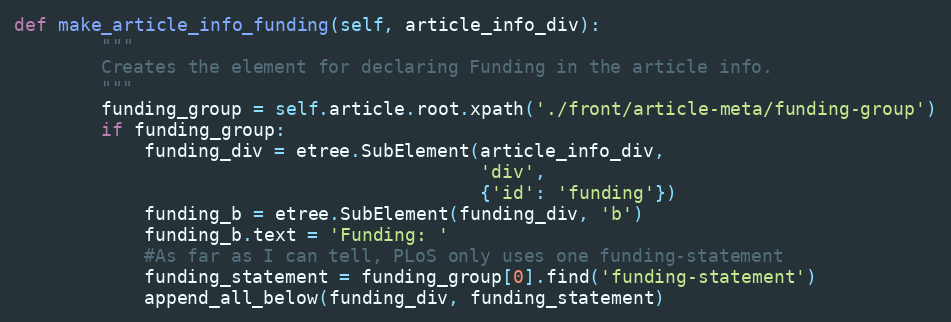
Language: Python
def make_article_info_funding(self, article_info_div):
        """
        Creates the element for declaring Funding in the article info.
        """
        funding_group = self.article.root.xpath('./front/article-meta/funding-group')
        if funding_group:
            funding_div = etree.SubElement(article_info_div,
                                           'div',
                                           {'id': 'funding'})
            funding_b = etree.SubElement(funding_div, 'b')
            funding_b.text = 'Funding: '
            #As far as I can tell, PLoS only uses one funding-statement
            funding_statement = funding_group[0].find('funding-statement')
            append_all_below(funding_div, funding_statement)